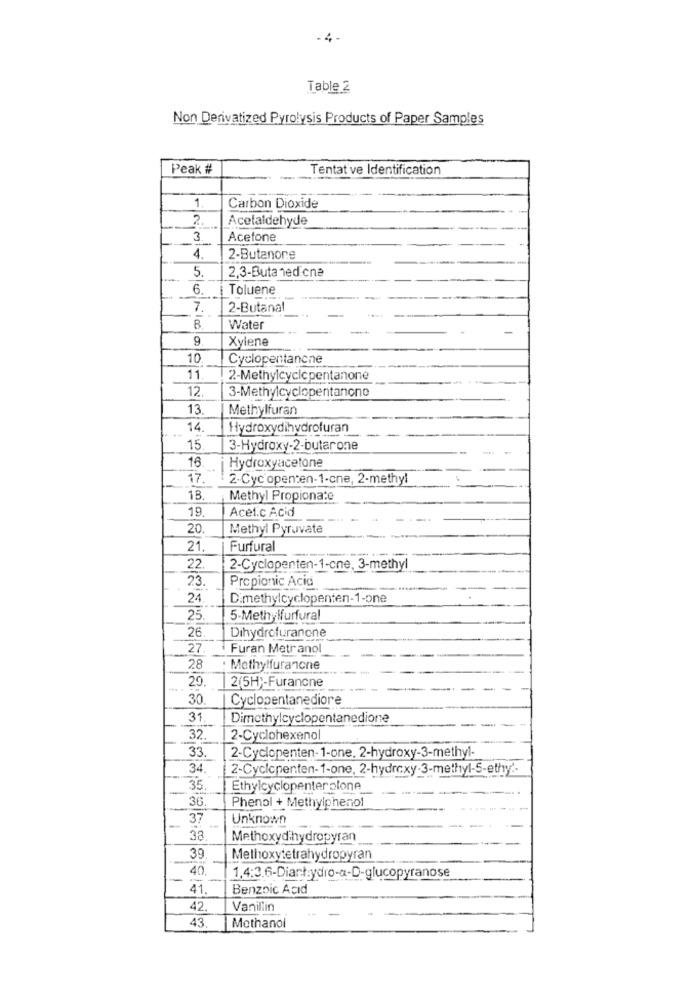
.4-
Table 2
Non Derivatized Pyrolysis Products of Paper Samples
Peak #
Tentative Identification
1.
Carbon Dioxide
2.
Acetaldehyde
3
Acetone
4.
2-Butanone
2,3-Butaned cne
5.
6.
Toluene
7.
2-Butanal
B.
Water
9.
Xylene
10
Cyclopentanche
11.
2-Methylcyclopentanone
12.
3-Methylcyclopentanono
13.
Methylfuran
14.
Hydroxydihydrofuran
15
3-Hydroxy-2-butarone
16
Hydroxyacetone
17.
2.Cyc openten-1-cne, 2-methyl
1B.
Methyl Propionate
19.
Acetic Acid
20.
Methyl Pyruvate
21.
Furfural
22.
2-Cyclopenten-1-one, 3-methy
Propionic Acid
23.
24.
Dimethylcyclopenten-1-one
25.
5-Methylfurfural
26
Dihydrofuranone
27.
Furan Metranol
28
· Methylfuranone
29.
2(5H ;- Furanone
30.
Cyclopentanediore
31.
Dimethylcyclopentanedione
32
2-Cyclohexeno
33.
2-Cyclopenten-1-one, 2-hydroxy-3-methyl-
34.
2-Cyclopenten-1-one, 2-hydroxy-3-methyl-S-ethy'-
35
Ethylcyclopenterolone
36
Phenol + Methylphenol
37
Unknown
33
Methoxydihydropyran
39
Methoxytetrahydropyran
40,
1.4:3,6-Dianł:ydro-a-D-glucopyranose
41.
Benzoic Acid
42.
Vanillin
43.
Methanol